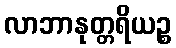
လာဘာနုတ္တရိယဉ္စ